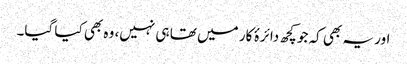
اور یہ بھی کہ جو کچھ دائرۂ کار میں تھا ہی نہیں، وہ بھی کیا گیا۔